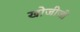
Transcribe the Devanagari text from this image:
खोजीजी